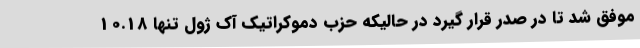
موفق شد تا در صدر قرار گیرد در حالیکه حزب دموکراتیک آک ژول تنها 10.18